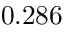
0 . 2 8 6